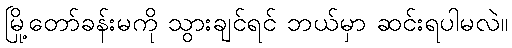
မြို့တော်ခန်းမကို သွားချင်ရင် ဘယ်မှာ ဆင်းရပါမလဲ။